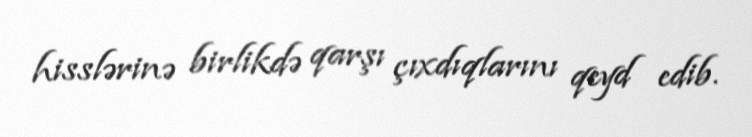
hisslərinə birlikdə qarşı çıxdıqlarını qeyd edib.